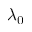
\lambda _ { 0 }